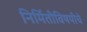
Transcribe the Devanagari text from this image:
निर्मितीविषयीचे